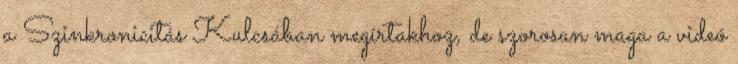
a Szinkronicitás Kulcsában megírtakhoz, de szorosan maga a videó